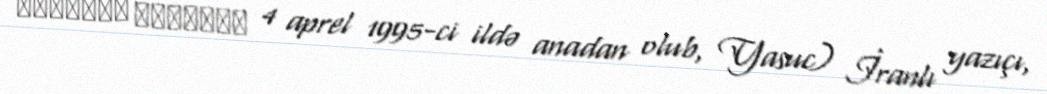
سیدمحمد قاسمیان 4 aprel 1995-ci ildə anadan olub, Yasuc) İranlı yazıçı,